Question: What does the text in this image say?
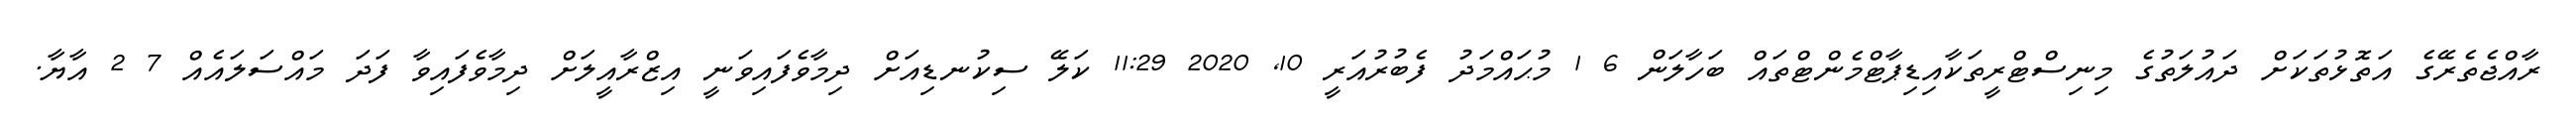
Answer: ރާއްޖެތެރޭގެ އަތޮޅުތަކަށް ދައުލަތުގެ މިނިސްޓްރީތަކާއިޑިޕާޓްމެންޓްތައް ބަހާލަން 6 1 މުޙައްމަދު ފެބުރުއަރީ 10, 2020 11:29 ކަލޭ ސިކުނޑިއަށް ދިމާވެފައިވަނީ އިޒްރާއީލަށް ދިމާވެފައިވާ ފަދަ މައްސަލައެއް 7 2 އާޔާ.